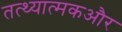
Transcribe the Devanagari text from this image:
तत्थ्यात्मकऔर